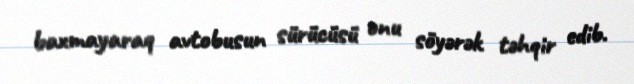
baxmayaraq avtobusun sürücüsü onu söyərək təhqir edib.